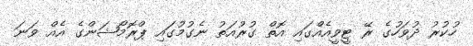
ހުކުރު ދުވަހުގެ ރޭ ޓީވީއެއްގައި އޮތް ގުރުއަތު ނެގުމުގައި ޕްރޮމޯޝަންގެ އެއް ވަނަ